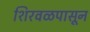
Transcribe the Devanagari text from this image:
शिरवळपासून